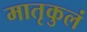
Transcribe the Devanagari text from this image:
मातृकुलं